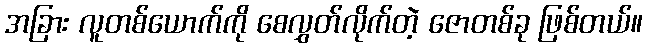
အခြား လူတစ်ယောက်ကို စေလွှတ်လိုက်တဲ့ ဇောတစ်ခု ဖြစ်တယ်။